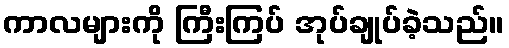
ကာလများကို ကြီးကြပ် အုပ်ချုပ်ခဲ့သည်။